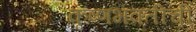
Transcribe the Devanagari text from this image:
कृष्णभक्तीची